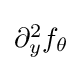
{\textstyle \partial _{y}^{2}f_{\theta }}